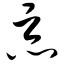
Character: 恶